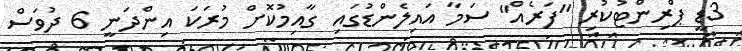
3ޑީ ޕްރިންޓުކުރި "ފަރެއް" ސަމާ އައިލެންޑުގައި ގާއިމުކޮށް މުރަކަ އިންދަނީ 6 ދުވަސް